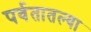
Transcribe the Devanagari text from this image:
पर्वतातल्या